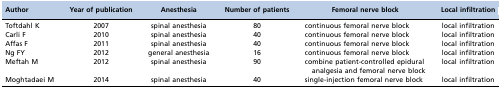
| Author | Year of publication | Anesthesia | Number of patients | Femoral nerve block | Local infiltration |
 | --- | --- | --- | --- | --- | --- |
 | Toftdahl K | 2007 | spinal anesthesia | 80 | continuous femoral nerve block | local infiltration |
 | Carli F | 2010 | spinal anesthesia | 40 | continuous femoral nerve block | local infiltration |
 | Affas F | 2011 | spinal anesthesia | 40 | continuous femoral nerve block | local infiltration |
 | Ng FY | 2012 | general anesthesia | 16 | continuous femoral nerve block | local infiltration |
 | Meftah M | 2012 | spinal anesthesia | 90 | combine patient-controlled epiduralanalgesia and femoral nerve block | local infiltration |
 | Moghtadaei M | 2014 | spinal anesthesia | 40 | single-injection femoral nerve block | local infiltration |